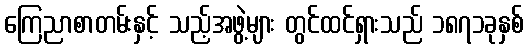
ကြေညာစာတမ်းနှင့် သည့်အဖွဲ့များ တွင်ထင်ရှားသည် ၁၈၇၁ခုနှစ်